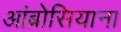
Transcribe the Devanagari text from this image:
आंब्रोसियाना